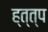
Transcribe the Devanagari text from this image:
ह्त्त्प